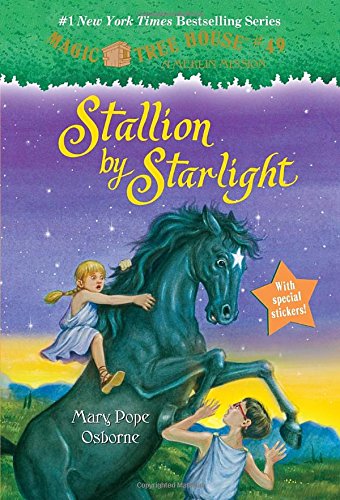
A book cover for Magic Tree House #49: Stallion by Starlight (A Stepping Stone Book(TM)); Mary Pope Osborne; Children's Books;